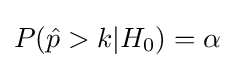
P({\hat {p}}>k|H_{0})=\alpha